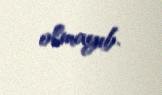
olmayıb.